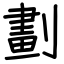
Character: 劃